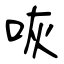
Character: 咴